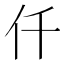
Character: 仟